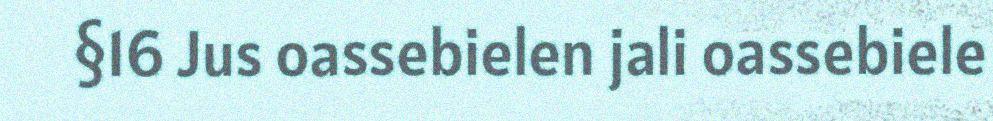
§16 Jus oassebielen jali oassebiele